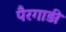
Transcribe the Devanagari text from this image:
पैरगाड़ी